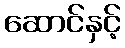
ဆောင်နှင့်